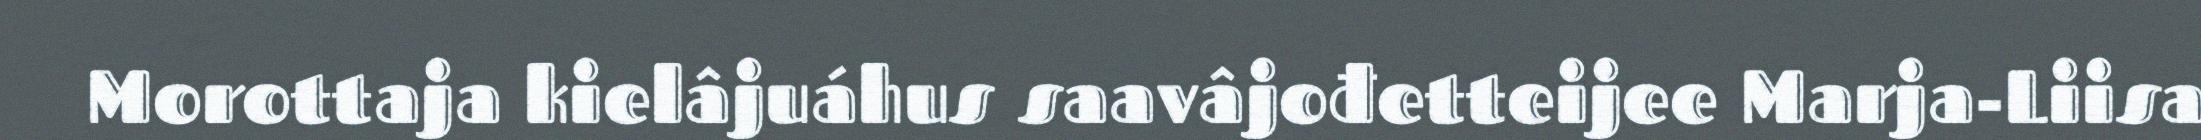
Morottaja kielâjuáhus saavâjođetteijee Marja-Liisa